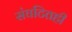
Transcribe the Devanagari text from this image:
संघटितही